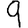
Digit: 9